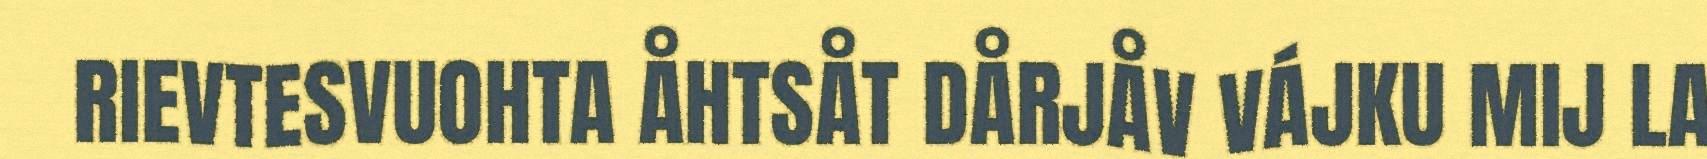
RIEVTESVUOHTA ÅHTSÅT DÅRJÅV VÁJKU MIJ LA